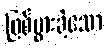
ဖြစ်ပွားခဲ့သော